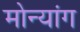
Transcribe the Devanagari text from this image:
मोन्यांग